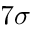
7 \sigma